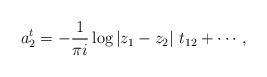
LaTeX: \begin{align*}a^t_2=-\frac{1}{\pi i} \log|z_1-z_2|\ t_{12}+\cdots,\end{align*}